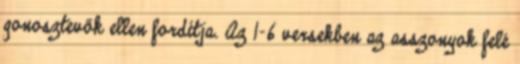
gonosztevők ellen fordítja. Az 1-6 versekben az asszonyok felé